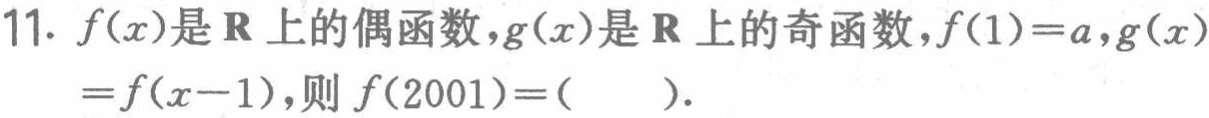
11. \(f(x)\)是\(\mathbf{R}\)上的偶函数，\(g(x)\)是\(\mathbf{R}\)上的奇函数，\(f(1)=a\)，\(g(x)=f(x - 1)\)，则\(f(2001)=(\ \ \ \ \ )\).